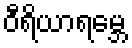
ဝီရိယာရမ္ဘေ